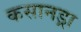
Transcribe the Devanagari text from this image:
कसानड्रा